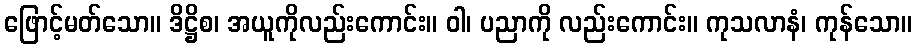
ဖြောင့်မတ်သော။ ဒိဋ္ဌိစ၊ အယူကိုလည်းကောင်း။ ဝါ၊ ပညာကို လည်းကောင်း။ ကုသလာနံ၊ ကုန်သော။